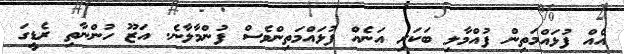
އެއް ފުޅައްމަތިން ފުއްމާލި ބަކަރި އަނެއް ފުޅައްމަތިންވެސް ފުންމާލާނެ. އަޒޫ ހުންނާތި ރެޑީގަ